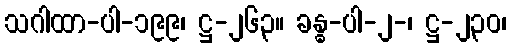
သဂါထာ-ပါ-၁၉၉၊ ဋ္ဌ-၂၆၃။ ခန္ဓ-ပါ-၂-၊ ဋ္ဌ-၂၃၀၊